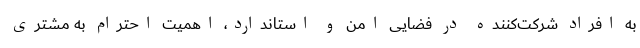
به افراد شرکت‌کننده در فضایی امن و استاندارد، اهمیت احترام به مشتری